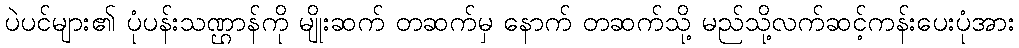
ပဲပင်များ၏ ပုံပန်းသဏ္ဌာန်ကို မျိုးဆက် တဆက်မှ နောက် တဆက်သို့ မည်သို့လက်ဆင့်ကန်းပေးပုံအား